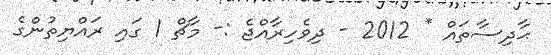
ޙާދިސާތައް * 2012 - ދިވެހިރާއްޖެ :- މާޗް 1 ގައި ރައްޔިތުންގެ